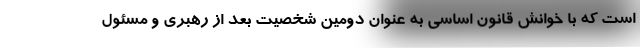
است که با خوانش قانون اساسی به عنوان دومین شخصیت بعد از رهبری و مسئول